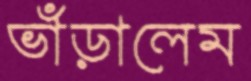
ভাঁড়ালেম